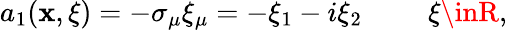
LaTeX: a_{1}(\mathbf{x},\xi)=-\sigma_{\mu}\xi_{\mu}=-\xi_{1}-i\xi_{2}\, \, \, \, \, \, \, \, \, \, \, \, \, \, \xi\inR,